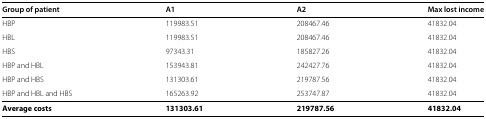
<table><thead><tr><td><b>Group of patient</b></td><td><b>A1</b></td><td><b>A2</b></td><td><b>Max lost income</b></td></tr></thead><tbody><tr><td>HBP</td><td>119983.51</td><td>208467.46</td><td>41832.04</td></tr><tr><td>HBL</td><td>119983.51</td><td>208467.46</td><td>41832.04</td></tr><tr><td>HBS</td><td>97343.31</td><td>185827.26</td><td>41832.04</td></tr><tr><td>HBP and HBL</td><td>153943.81</td><td>242427.76</td><td>41832.04</td></tr><tr><td>HBP and HBS</td><td>131303.61</td><td>219787.56</td><td>41832.04</td></tr><tr><td>HBP and HBL and HBS</td><td>165263.92</td><td>253747.87</td><td>41832.04</td></tr><tr><td><b>Average costs</b></td><td><b>131303.61</b></td><td><b>219787.56</b></td><td><b>41832.04</b></td></tr></tbody></table>